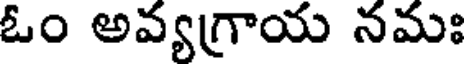
ఓం అవ్యగ్రాయ నమః